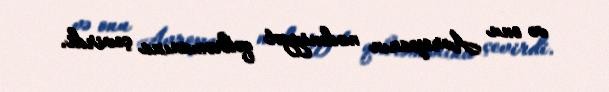
və onu Avropanın mədəniyyət qəhrəmanına çevirdi.